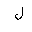
Letter: _lam